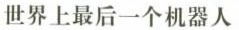
世界上最后一个机器人